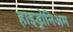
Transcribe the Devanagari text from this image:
हाइड्रोनिअम